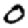
Digit: 0